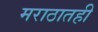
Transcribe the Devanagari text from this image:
मराठातही